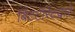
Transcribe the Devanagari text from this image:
बिटटॉरेंटद्वारे